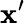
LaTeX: \mathbf{x}’